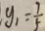
y _ { 1 } = \frac { 7 } { 5 }